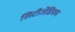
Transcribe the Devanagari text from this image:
सिटीजेंडियम